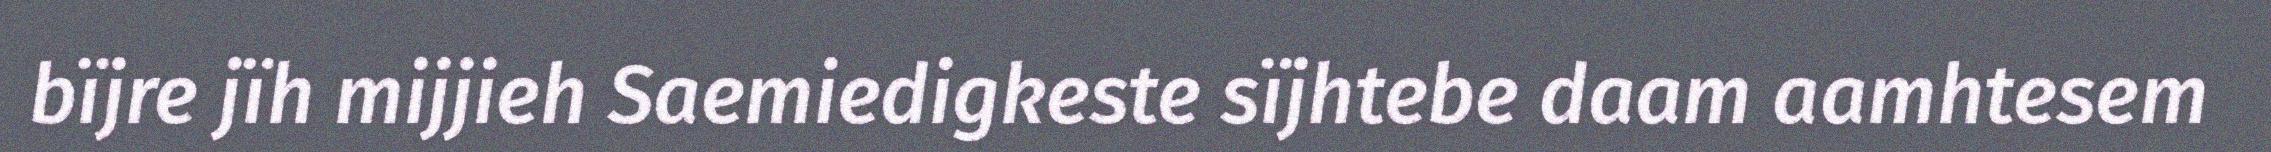
bïjre jïh mijjieh Saemiedigkeste sïjhtebe daam aamhtesem